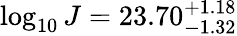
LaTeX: \log_{10}J=23.70_{-1.32}^{+1.18}